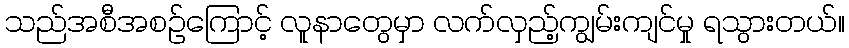
သည်အစီအစဉ်ကြောင့် လူနာတွေမှာ လက်လှည့်ကျွမ်းကျင်မှု ရသွားတယ်။